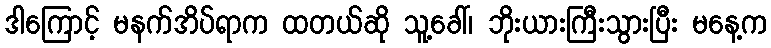
ဒါကြောင့် မနက်အိပ်ရာက ထတယ်ဆို သူ့ခေါ်၊ ဘိုးယားကြီးသွားပြီး မနေ့က